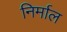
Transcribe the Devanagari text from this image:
निर्माल